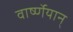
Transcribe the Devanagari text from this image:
वार्ष्णेयान्‌